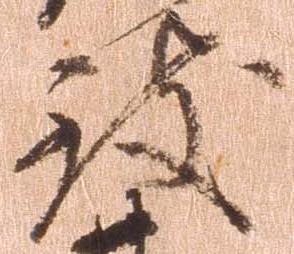
致